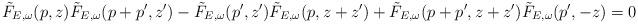
LaTeX: \begin{align*}\tilde F_{E,\omega}(p,z)\tilde F_{E,\omega}(p+p',z')-\tilde F_{E,\omega}(p',z')\tilde F_{E,\omega}(p,z+z')+\tilde F_{E,\omega}(p+p',z+z')\tilde F_{E,\omega}(p',-z)=0\end{align*}